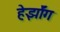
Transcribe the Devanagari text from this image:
हेर्झॉग